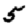
Digit: 5